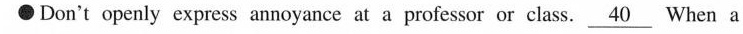
\bullet Don't openly express annoyance at a professor or class. \underline{40} When a